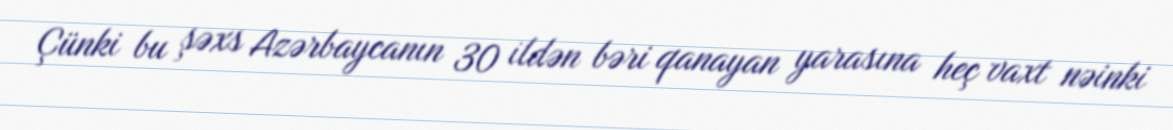
Çünki bu şəxs Azərbaycanın 30 ildən bəri qanayan yarasına heç vaxt nəinki